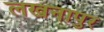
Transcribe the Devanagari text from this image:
लखनापुर